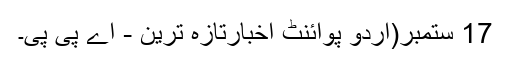
17 ستمبر(اُردو پوائنٹ اخبارتازہ ترین - اے پی پی۔